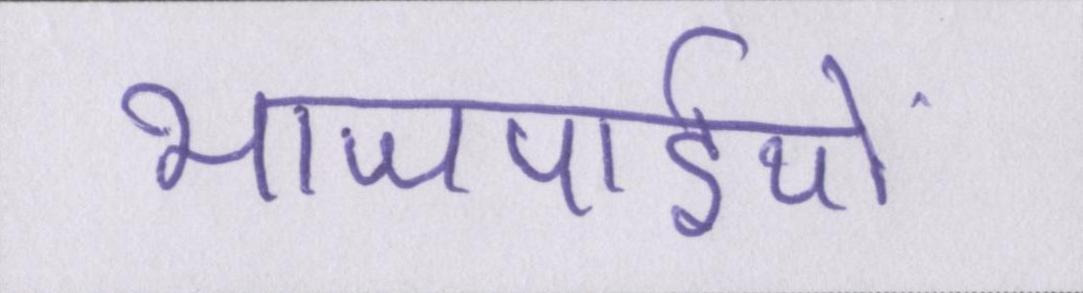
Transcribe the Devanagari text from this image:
भाजपाईयों